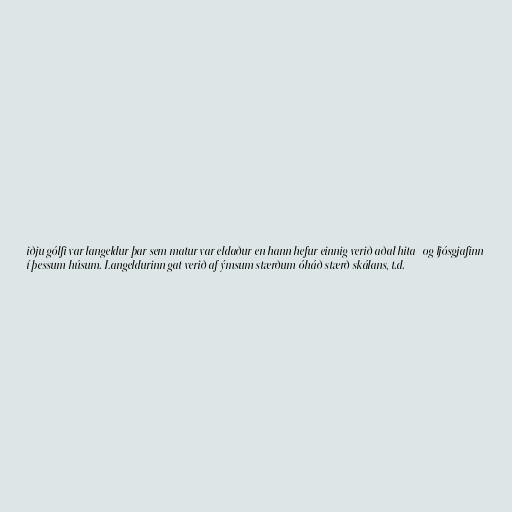
iðju gólfi var langeldur þar sem matur var eldaður en hann hefur einnig verið aðal hita- og ljósgjafinn
í þessum húsum. Langeldurinn gat verið af ýmsum stærðum óháð stærð skálans, t.d.